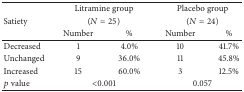
|  | <COLSPAN=2> Litramine group | <COLSPAN=2> Placebo group |
 | Satiety | <COLSPAN=2> (N = 25) | <COLSPAN=2> (N = 24) |
 |  | Number | % | Number | % |
 | --- | --- | --- | --- | --- |
 | Decreased | 1 | 4.0% | 10 | 41.7% |
 | Unchanged | 9 | 36.0% | 11 | 45.8% |
 | Increased | 15 | 60.0% | 3 | 12.5% |
 | p value | <COLSPAN=2> <0.001 | <COLSPAN=2> 0.057 |